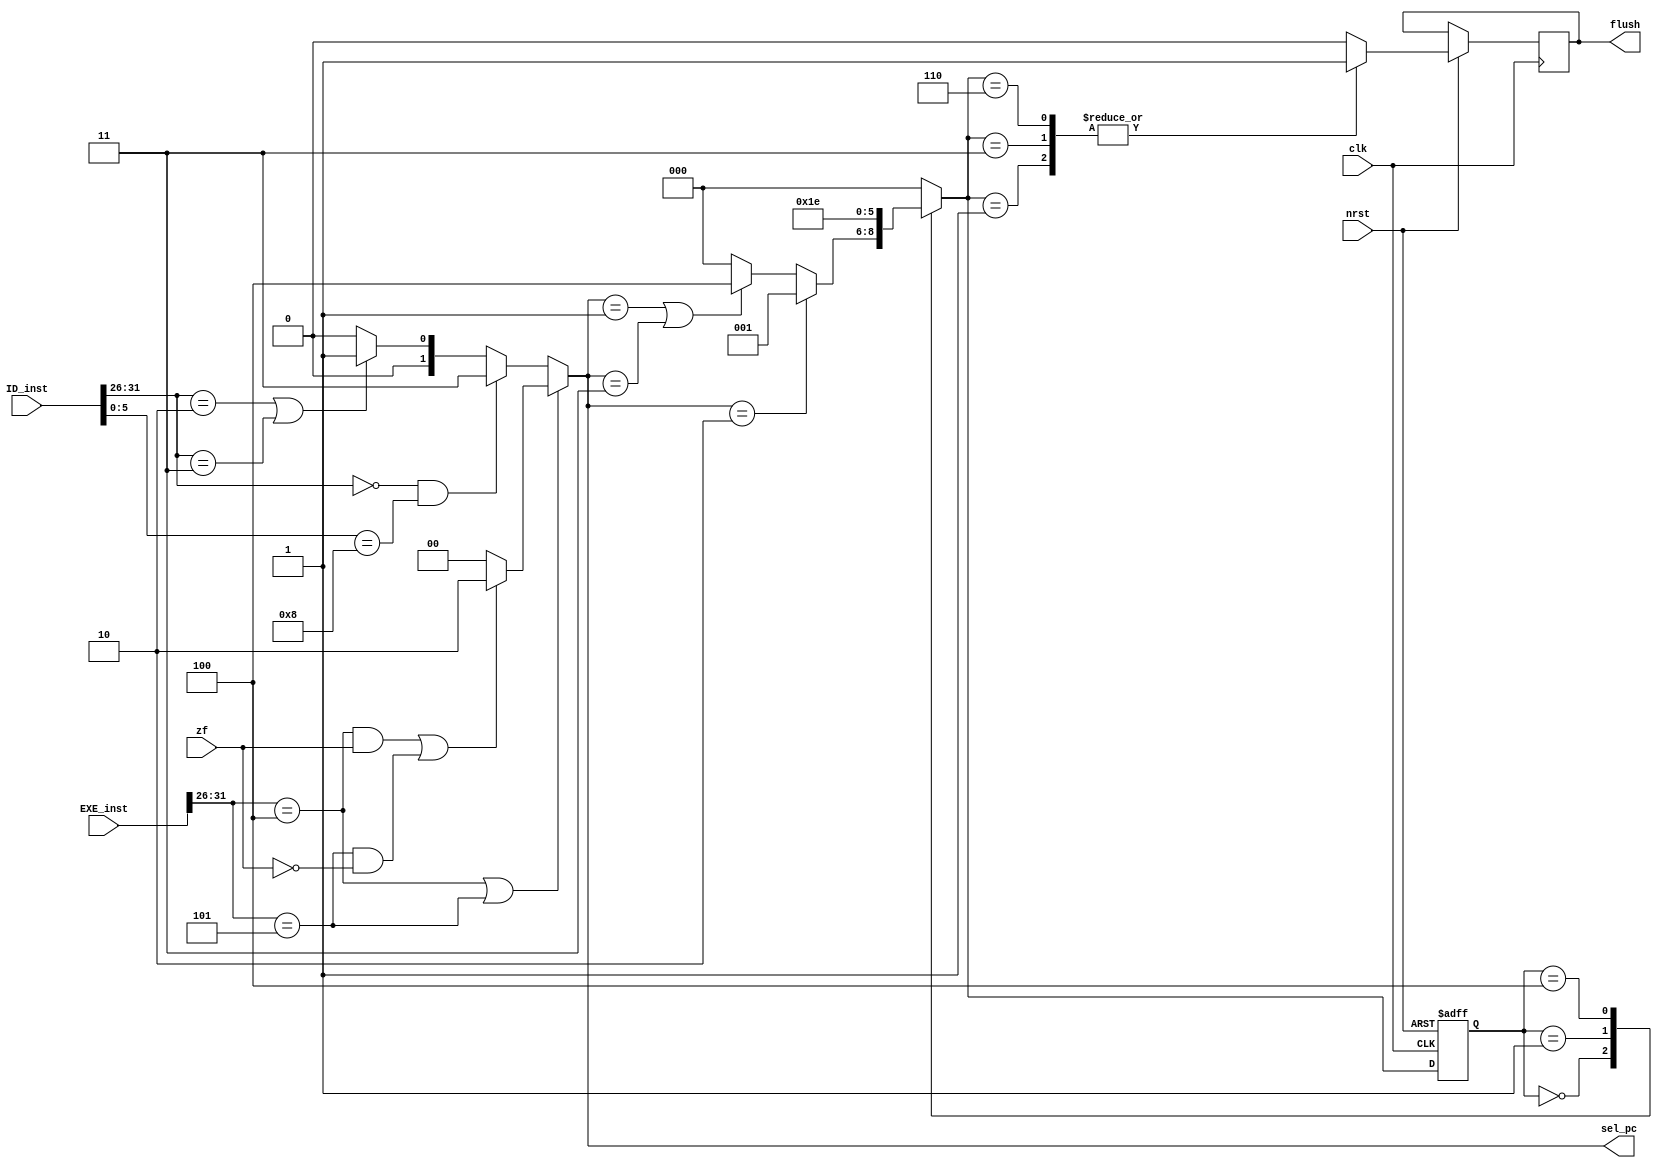
`timescale 1ns/1ps

module sel_pc_blk(
	input clk,
	input nrst,
	input [31:0] ID_inst,
	input [31:0] EXE_inst,
	input zf,
	output reg [1:0] sel_pc,
	output reg flush
);
	wire [5:0] ID_opcode, ID_func, EXE_opcode, EXE_func;
	assign ID_opcode = ID_inst[31:26];
	assign ID_func = ID_inst[5:0];
	assign EXE_opcode = EXE_inst[31:26];
	assign EXE_func = EXE_inst[5:0];
	parameter JR = 6'h08;	// func

	parameter BEQ = 6'h04;	// opcode
	parameter BNE = 6'h05;	// opcode
	parameter JUMP = 6'h02;	// opcode
	parameter JAL = 6'h03;	// opcode

	// FSM states
	parameter INIT = 3'b000;
	parameter BR1 = 3'b001;
	parameter BR2 = 3'b011;
	parameter J1 = 3'b100;
	parameter J2 = 3'b110;

	reg [2:0] cstate, nstate;

	always@(*) begin
		// sel_pc [uses zf from ALU]
		// 0 - PC + 4
		// 1 - Jump address
		// 2 - Branch address
		// 3 - JR address
		if(EXE_opcode == BEQ || EXE_opcode == BNE)
			if((EXE_opcode == BEQ && zf == 1) || (EXE_opcode == BNE && zf == 0)) begin
				sel_pc = 2'd2;
			end
			else begin
				sel_pc = 2'd0;
			end
		else begin
			if(ID_opcode == 6'h0 && ID_func == JR)
				sel_pc = 2'd3;
			else if(ID_opcode == JUMP || ID_opcode == JAL)
				sel_pc = 2'd1;
			else
				sel_pc = 2'd0;
		end
	end

	// Flush finite state machine
	always@(posedge clk or negedge nrst) begin
		if(!nrst) begin
			cstate = 0;
		end
		else begin
			// Check for Jumps by checking if sel_pc == 1/3 -> delay flush by 1 clock cycle
			// OR check if the branch was taken by checking if sel_pc == 2
			cstate = nstate;
			case(cstate)
				BR1: flush = 1;
				BR2: flush = 1;
				J1: flush = 0;
				J2: flush = 1;
				default: flush = 0;
			endcase
		end
	end

	always@(*) begin
		case(cstate)
			INIT:
				if(sel_pc == 2'd2)
					nstate = BR1;
				else if(sel_pc == 2'd1 || sel_pc == 2'd3)
					nstate = J1;
				else
					nstate = INIT;
			BR1: nstate = BR2;
			J1: nstate = J2;
			default: nstate = INIT;
		endcase
	end
endmodule